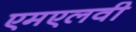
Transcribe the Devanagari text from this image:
एमएलवी